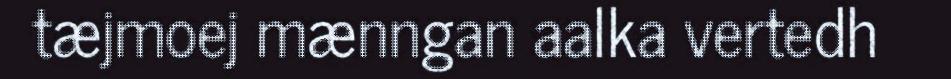
tæjmoej mænngan aalka vertedh